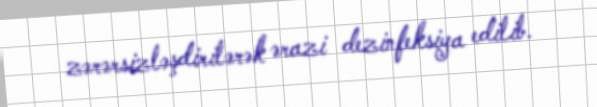
zərərsizləşdirilərək ərazi dezinfeksiya edilib.